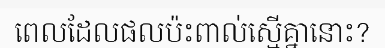
ពេលដែលផលប៉ះពាល់ស្មើគ្នានោះ?